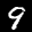
Label: 9